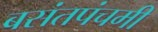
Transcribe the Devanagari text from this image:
बसंतपंचमी